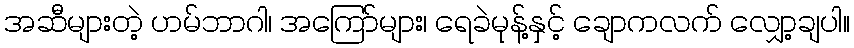
အဆီများတဲ့ ဟမ်ဘာဂါ၊ အကြော်များ၊ ရေခဲမုန့်နှင့် ချောကလက် လျှော့ချပါ။